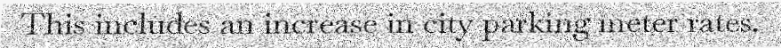
This includes an increase in city parking meter rates.